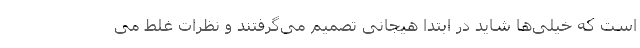
است که خیلی‌ها شاید در ابتدا هیجانی تصمیم می‌گرفتند و نظرات غلط می